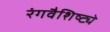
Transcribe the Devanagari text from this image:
रंगवैशिष्ट्ये